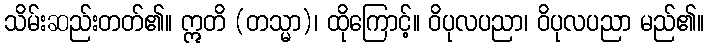
သိမ်းဆည်းတတ်၏။ ဣတိ (တသ္မာ)၊ ထိုကြောင့်။ ဝိပုလပညာ၊ ဝိပုလပညာ မည်၏။